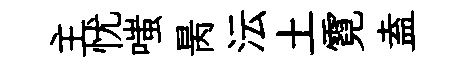
主忧嗤昺沄土霓盍